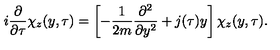
i \frac { \partial } { \partial \tau } \chi _ { z } ( y , \tau ) = \left[ - \frac { 1 } { 2 m } \frac { \partial ^ { 2 } } { \partial y ^ { 2 } } + j ( \tau ) y \right] \chi _ { z } ( y , \tau ) .